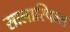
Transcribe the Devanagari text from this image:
सालास्पिल्स